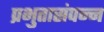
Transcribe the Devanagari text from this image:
प्रभुतासंपन्न